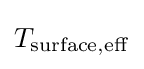
T_{\mathrm {surface,eff} }